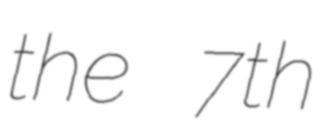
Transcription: the 7th